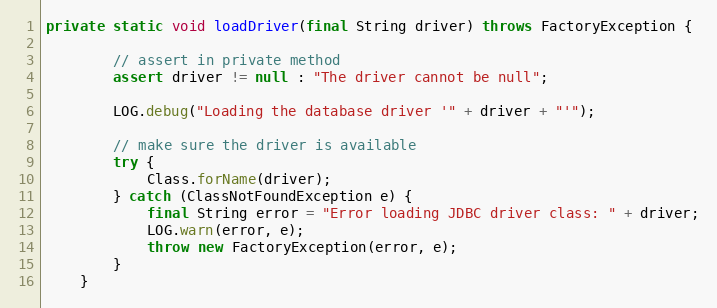
Language: Java
private static void loadDriver(final String driver) throws FactoryException {

        // assert in private method
        assert driver != null : "The driver cannot be null";

        LOG.debug("Loading the database driver '" + driver + "'");

        // make sure the driver is available
        try {
            Class.forName(driver);
        } catch (ClassNotFoundException e) {
            final String error = "Error loading JDBC driver class: " + driver;
            LOG.warn(error, e);
            throw new FactoryException(error, e);
        }
    }